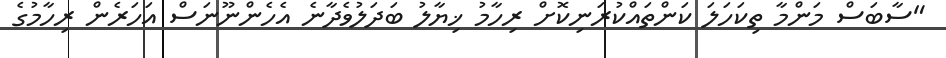
"ސާބަސް މަންމާ ތިކަހަލަ ކަންތައްކުރަނިކޮށް ރިހާމު ޚިޔާލު ބަދަލުވެދާނެ އެހެންނޫނަސް އަހަރެން ރިހާމުގެ